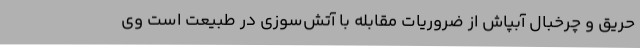
حریق و چرخبال آبپاش از ضروریات مقابله با آتش‌سوزی در طبیعت است وی